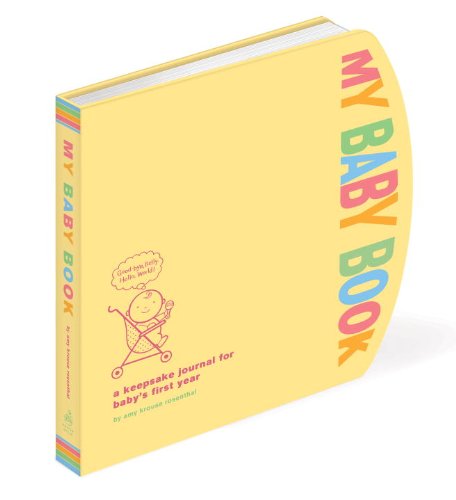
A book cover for My Baby Book: A Keepsake Journal for Baby's First Year; Amy Krouse Rosenthal; Parenting & Relationships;